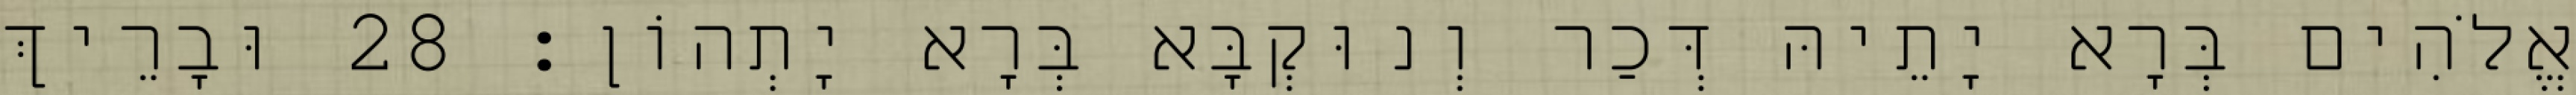
אֱלֹהִים בְּרָא יָתֵיהּ דְּכַר וְנוּקְבָּא בְּרָא יָתְהוֹן׃ 28 וּבָרֵיךְ